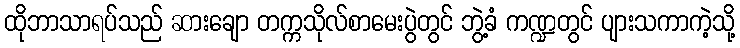
ထိုဘာသာရပ်သည် ဆားချော တက္ကသိုလ်စာမေးပွဲတွင် ဘွဲ့ခံ ကဏ္ဍတွင် ပျားသကာကဲ့သို့